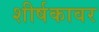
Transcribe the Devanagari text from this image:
शीर्षकावर